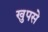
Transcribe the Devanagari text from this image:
खुपसे